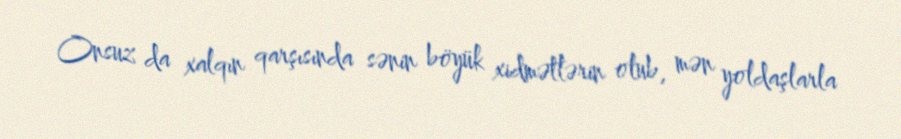
Onsuz da xalqın qarşısında sənin böyük xidmətlərin olub, mən yoldaşlarla